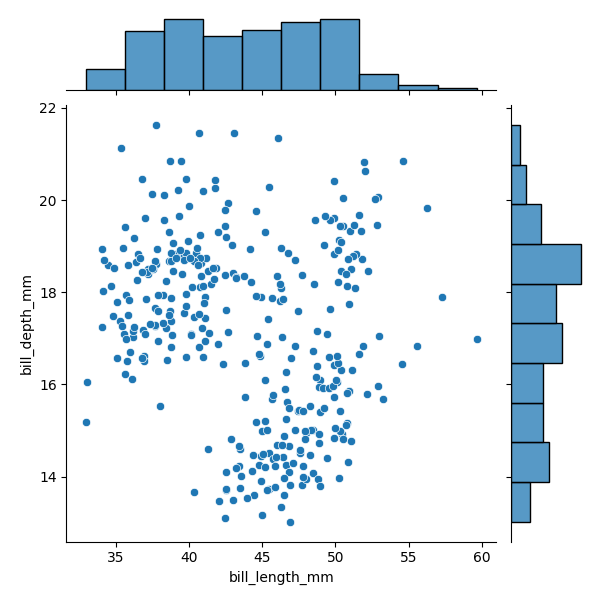
python, seaborn, JointGrid, scatterplot, histplot